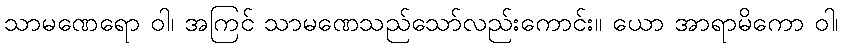
သာမဏေရော ဝါ၊ အကြင် သာမဏေသည်သော်လည်းကောင်း။ ယော အာရာမိကော ဝါ၊